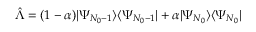
\hat { \Lambda } = ( 1 - \alpha ) | \Psi _ { N _ { 0 } - 1 } \rangle \langle \Psi _ { N _ { 0 } - 1 } | + \alpha | \Psi _ { N _ { 0 } } \rangle \langle \Psi _ { N _ { 0 } } |